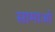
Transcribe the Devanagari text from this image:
सामाओ